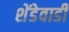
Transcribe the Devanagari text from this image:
शेंडेवाडी